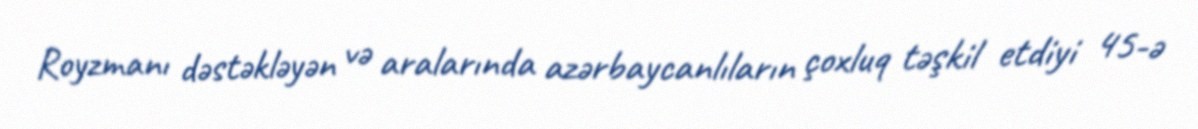
Royzmanı dəstəkləyən və aralarında azərbaycanlıların çoxluq təşkil etdiyi 45-ə